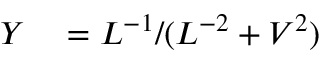
\begin{array} { r l } { Y } & { { } = L ^ { - 1 } / ( L ^ { - 2 } + V ^ { 2 } ) } \end{array}